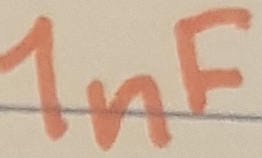
Text: 1nF